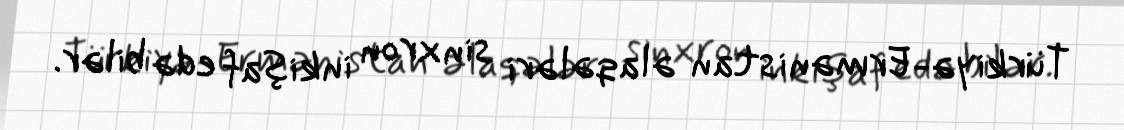
Türkiyə-Ermənistan əlaqələri sinxron inkişaf edə bilər.